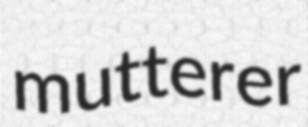
mutterer